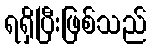
ရရှိပြီးဖြစ်သည်